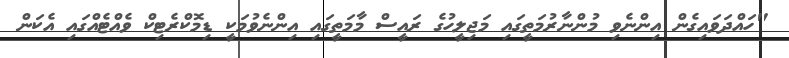
"ހައްދަވައިގެން އިންނެވި މުންނާރުމަތީގައި މަޖިލީހުގެ ރައީސް މާމަތީގައި އިންނެވުމަކީ ޑިމޮކްރެޓިކް ވެއްޓެއްގައި އެކަން